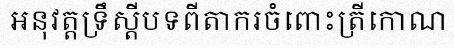
អនុវត្តទ្រឹស្តីបទពីតាករចំពោះត្រីកោណ